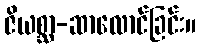
ဇိယစ္ဆာ-ဆာလောင်ခြင်း။